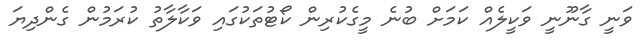
ވަނީ ގާނޫނީ ވަކީލެއް ކަމަށް ބުނެ މީގެކުރިން ކޯޓުތަކުގައި ވަކާލާތު ކުރަމުން ގެންދިޔަ